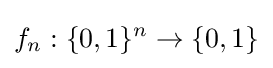
f_{n}:\{0,1\}^{n}\to \{0,1\}